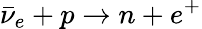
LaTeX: {\bar{\nu}}_{e}+p\to n+e^{+}